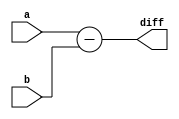
`timescale 1ns / 1ps
//////////////////////////////////////////////////////////////////////////////////
// Company: 
// Engineer: 
// 
// Design Name: 
// Module Name: Subtractor
// Project Name: 
// Target Devices: 
// Tool Versions: 
// Description: 
// 
// Dependencies: 
// 
// Revision:
// Revision 0.01 - File Created
// Additional Comments:
// 
//////////////////////////////////////////////////////////////////////////////////


module Subtractor #(parameter DATAWIDTH = 32)(a, b, diff

    );
    
    
    input [DATAWIDTH:0] a;
    input [DATAWIDTH:0] b;
    output reg [DATAWIDTH:0] diff;
    always @(a, b) begin
    diff <= a - b;
    end
    
endmodule